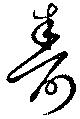
寿